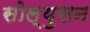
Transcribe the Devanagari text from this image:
सोल्युसन